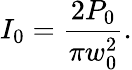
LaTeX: I_{0}={\frac{2P_{0}}{\pi w_{0}^{2}}}.